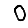
Digit: 0